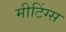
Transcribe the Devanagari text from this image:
मीटिंग्स